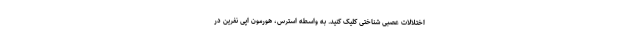
اختلالات عصبی شناختی کلیک کنید. به واسطه استرس، هورمون اپی نفرین در